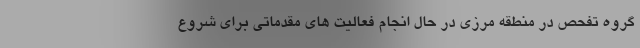
گروه تفحص در منطقه مرزی در حال انجام فعالیت های مقدماتی برای شروع